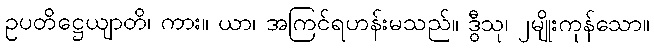
ဥပတိဋ္ဌေယျာတိ၊ ကား။ ယာ၊ အကြင်ရဟန်းမသည်။ ဒွီသု၊ ၂မျိုးကုန်သော။